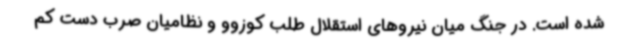
شده است. در جنگ میان نیروهای استقلال طلب کوزوو و نظامیان صرب دست کم